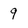
Character: 9